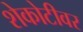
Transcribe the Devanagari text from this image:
शेकोटीवर